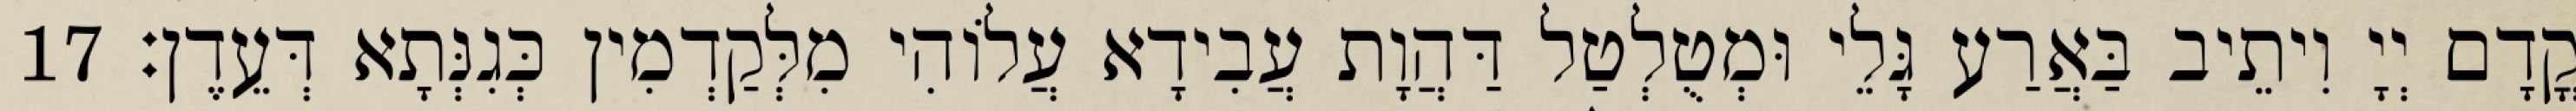
קֳדָם יְיָ וִיתֵיב בַּאֲרַע גָּלֵי וּמְטֻלְטַל דַּהֲוָת עֲבִידָא עֲלוֹהִי מִלְּקַדְמִין כְּגִנְּתָא דְּעֵדֶן׃ 17